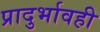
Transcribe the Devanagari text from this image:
प्रादुर्भावही